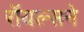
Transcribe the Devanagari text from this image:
रॉयल्सने